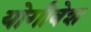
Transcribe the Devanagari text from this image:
योगीवेश